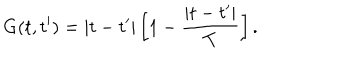
LaTeX: G ( t , t ^ { \prime } ) = \left| { t - t ^ { \prime } } \right| \left[ { 1 - \frac { { \left| { t - t ^ { \prime } } \right| } } { T } } \right] .